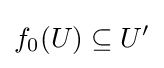
f_{0}(U)\subseteq U'